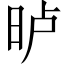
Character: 𣆐